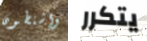
واشنطون يتكرر